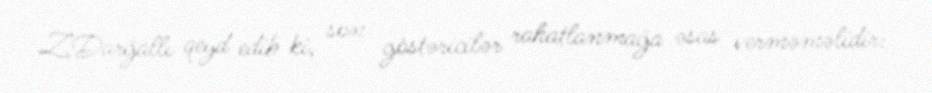
Z.Darğallı qeyd edib ki, son göstəricilər rahatlanmağa əsas verməməlidir: